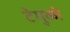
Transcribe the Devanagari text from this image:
टेमुको